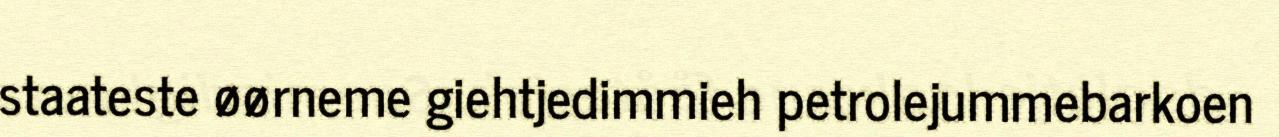
staateste øørneme giehtjedimmieh petrolejummebarkoen